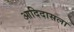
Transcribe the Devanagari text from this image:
आदिदासला